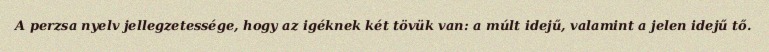
A perzsa nyelv jellegzetessége, hogy az igéknek két tövük van: a múlt idejű, valamint a jelen idejű tő.